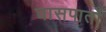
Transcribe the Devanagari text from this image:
घासपातों